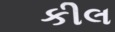
કીલ